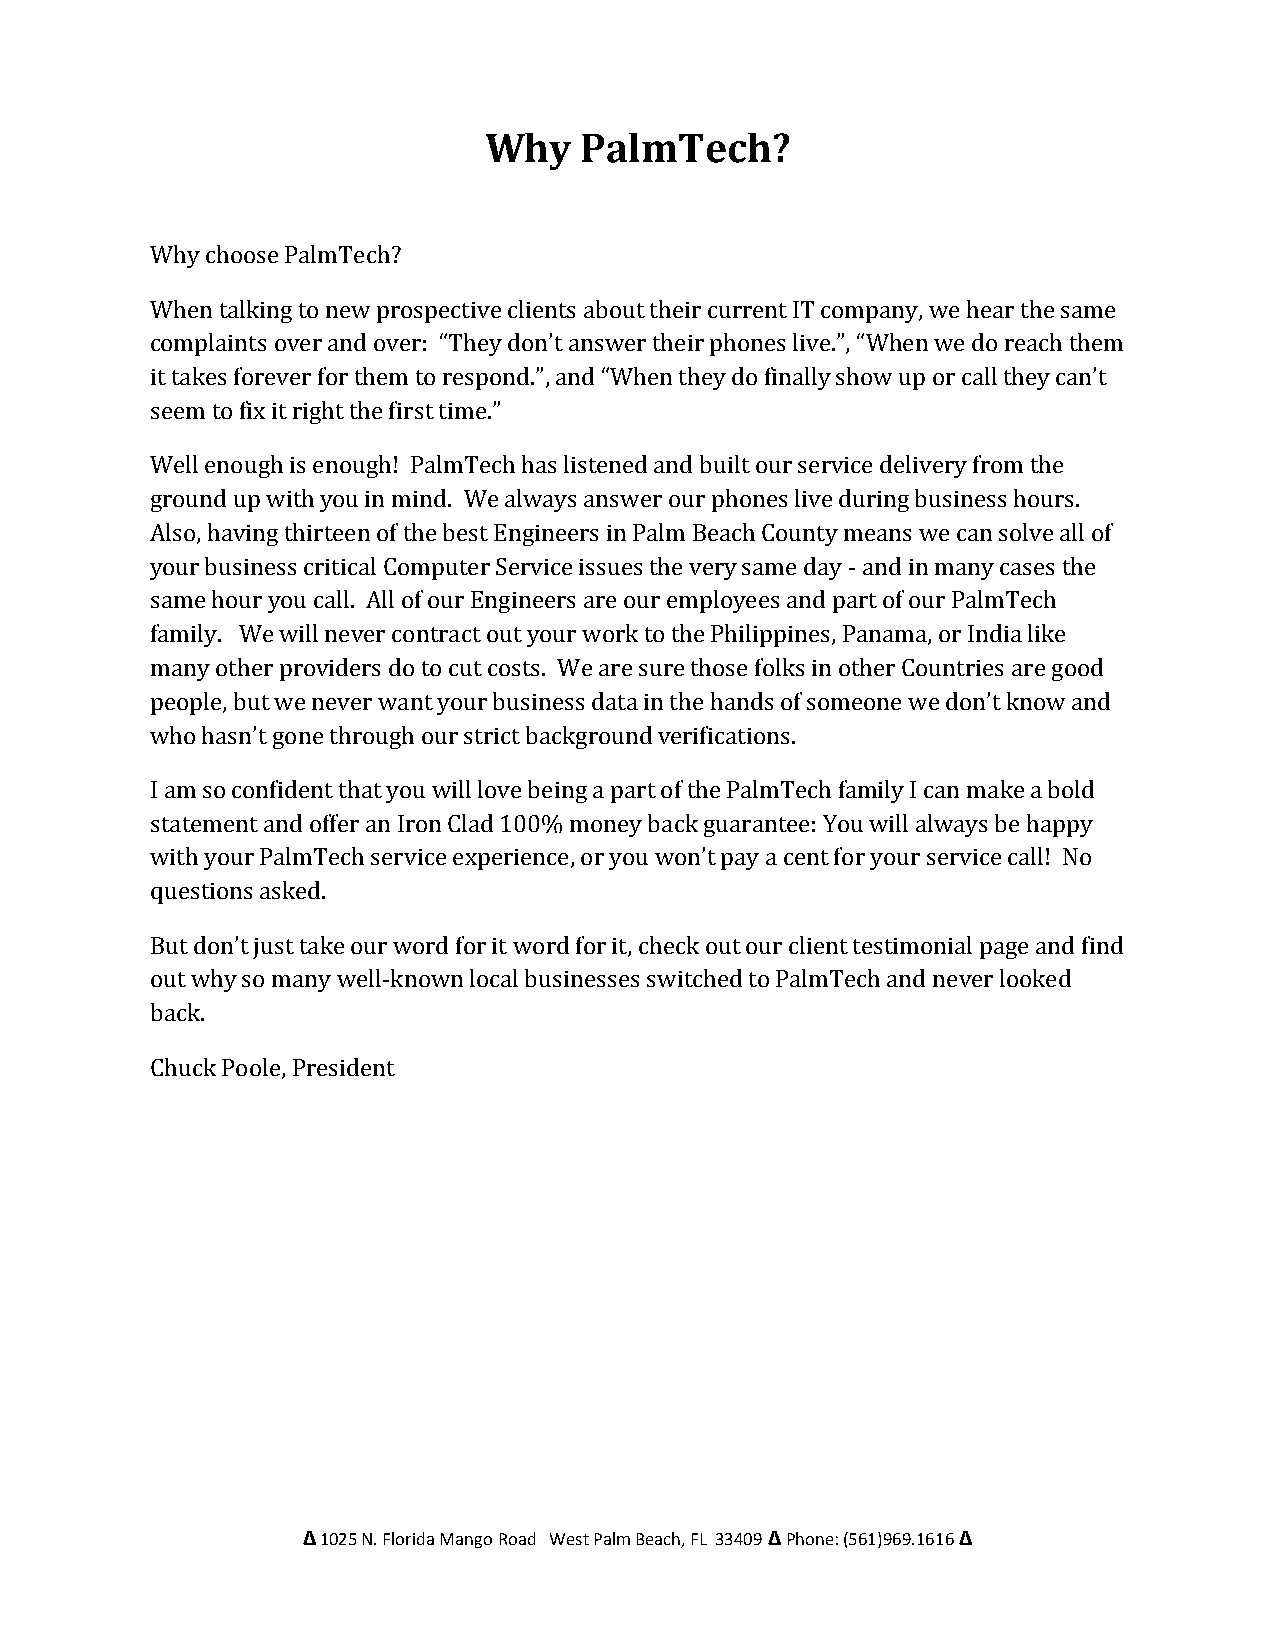
Why   PalmTech?
 Why choose PalmTech?
 When talking to new prospective clients about their current IT company, we hear the same
 complaints over and over: “They don’t answer their phones live.”, “When we do reach them
 it takes forever for them to respond.”, and “When they do finally show up or call they can’t
 seem to fix it right the first time.”
 Well enough is enough! PalmTech has listened and built our service delivery from the
 ground up with you in mind. We always answer our phones live during business hours.
 Also, having thirteen of the best Engineers in Palm Beach County means we can solve all of
 your business critical Computer Service issues the very same day - and in many cases the
 same hour you call. All of our Engineers are our employees and part of our PalmTech
 family. We will never contract out your work to the Philippines, Panama, or India like
 many other providers do to cut costs. We are sure those folks in other Countries are good
 people, but we never want your business data in the hands of someone we don’t know and
 who hasn’t gone through our strict background verifications.
 I am so confident that you will love being a part of the PalmTech family I can make a bold
 statement and offer an Iron Clad 100% money back guarantee: You will always be happy
 with your PalmTech service experience, or you won’t pay a cent for your service call! No
 questions asked.
 But don’t just take our word for it word for it, check out our client testimonial page and find
 out why so many well-known local businesses switched to PalmTech and never looked
 back.
 Chuck Poole, President
 Δ 1025 N. Florida Mango Road West Palm Beach, FL 33409 Δ Phone: (561)969.1616 Δ